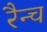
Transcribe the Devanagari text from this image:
रैन्च